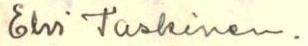
Elvi Taskinen.